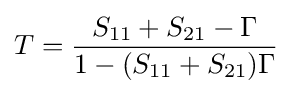
T={\frac {S_{11}+S_{21}-\Gamma }{1-(S_{11}+S_{21})\Gamma }}